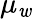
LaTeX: \mu_{\mathit{w}}